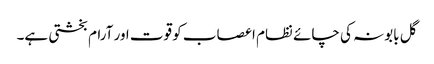
گل بابونہ کی چائے نظام اعصاب کو قوت اور آرام بخشتی ہے۔